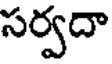
సర్వదా